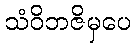
သံဝိဘဇိမှပေ